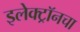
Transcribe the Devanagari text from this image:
इलेक्ट्रॉनचा